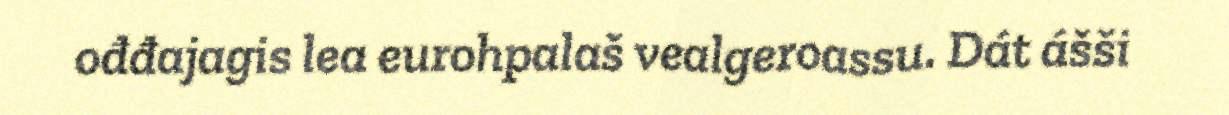
ođđajagis lea eurohpalaš vealgeroassu. Dát ášši